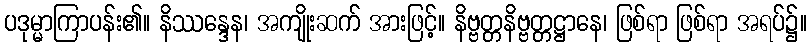
ပဒုမ္မာကြာပန်း၏။ နိဿန္ဒေန၊ အကျိုးဆက် အားဖြင့်။ နိဗ္ဗတ္တနိဗ္ဗတ္တဋ္ဌာနေ၊ ဖြစ်ရာ ဖြစ်ရာ အရပ်၌။